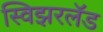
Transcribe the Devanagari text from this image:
स्विझरलॅड